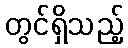
တွင်ရှိသည့်